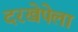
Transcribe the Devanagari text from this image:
दरखेपेला